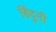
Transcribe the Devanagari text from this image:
हिंदुनी